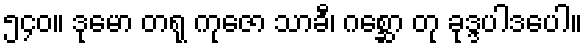
၅၄၀။ ဒုမော တရု ကုဇော သာခီ၊ ဂစ္ဆော တု ခုဒ္ဒပါဒပေါ။